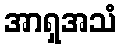
အာရှအသံ